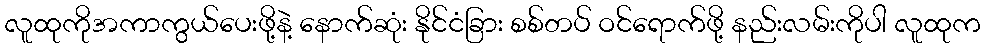
လူထုကိုအကာကွယ်ပေးဖို့နဲ့ နောက်ဆုံး နိုင်ငံခြား စစ်တပ် ဝင်ရောက်ဖို့ နည်းလမ်းကိုပါ လူထုက